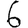
Digit: 6